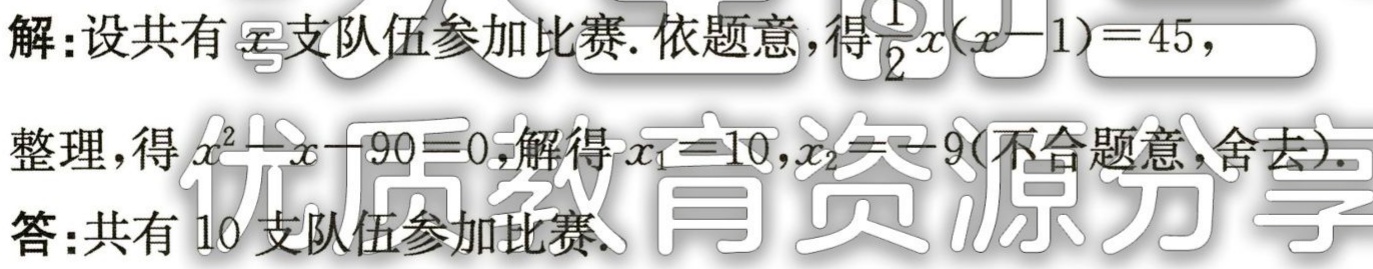
解：设共有\(x\)支队伍参加比赛. 依题意，得\(\frac{1}{2}x(x - 1)=45\)，
整理，得\(x^{2}-x - 90 = 0\)，解得\(x_{1}=10\)，\(x_{2}=-9\)(不合题意，舍去).
答：共有\(10\)支队伍参加比赛.